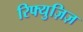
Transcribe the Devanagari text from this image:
रिफ्युज़िज़